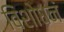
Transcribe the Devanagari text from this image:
विशोधनं